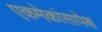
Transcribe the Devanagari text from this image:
एकमेकांसापेक्ष